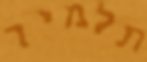
תלמיד